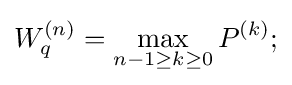
W_{q}^{(n)}=\max _{n-1\geq k\geq 0}P^{(k)};